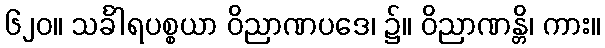
၆၂၀။ သင်္ခါရပစ္စယာ ဝိညာဏပဒေ၊ ၌။ ဝိညာဏန္တိ၊ ကား။